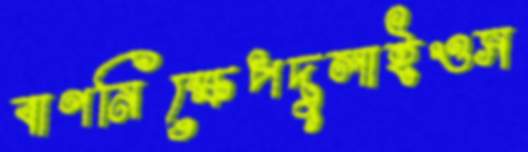
বাণনিক্ষেপদুলাইওস